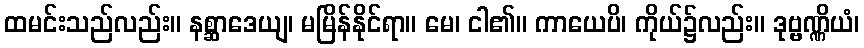
ထမင်းသည်လည်း။ နစ္ဆာဒေယျ၊ မမြိန်နိုင်ရာ။ မေ၊ ငါ၏။ ကာယေပိ၊ ကိုယ်၌လည်း။ ဒုဗ္ဗဏ္ဏိယံ၊